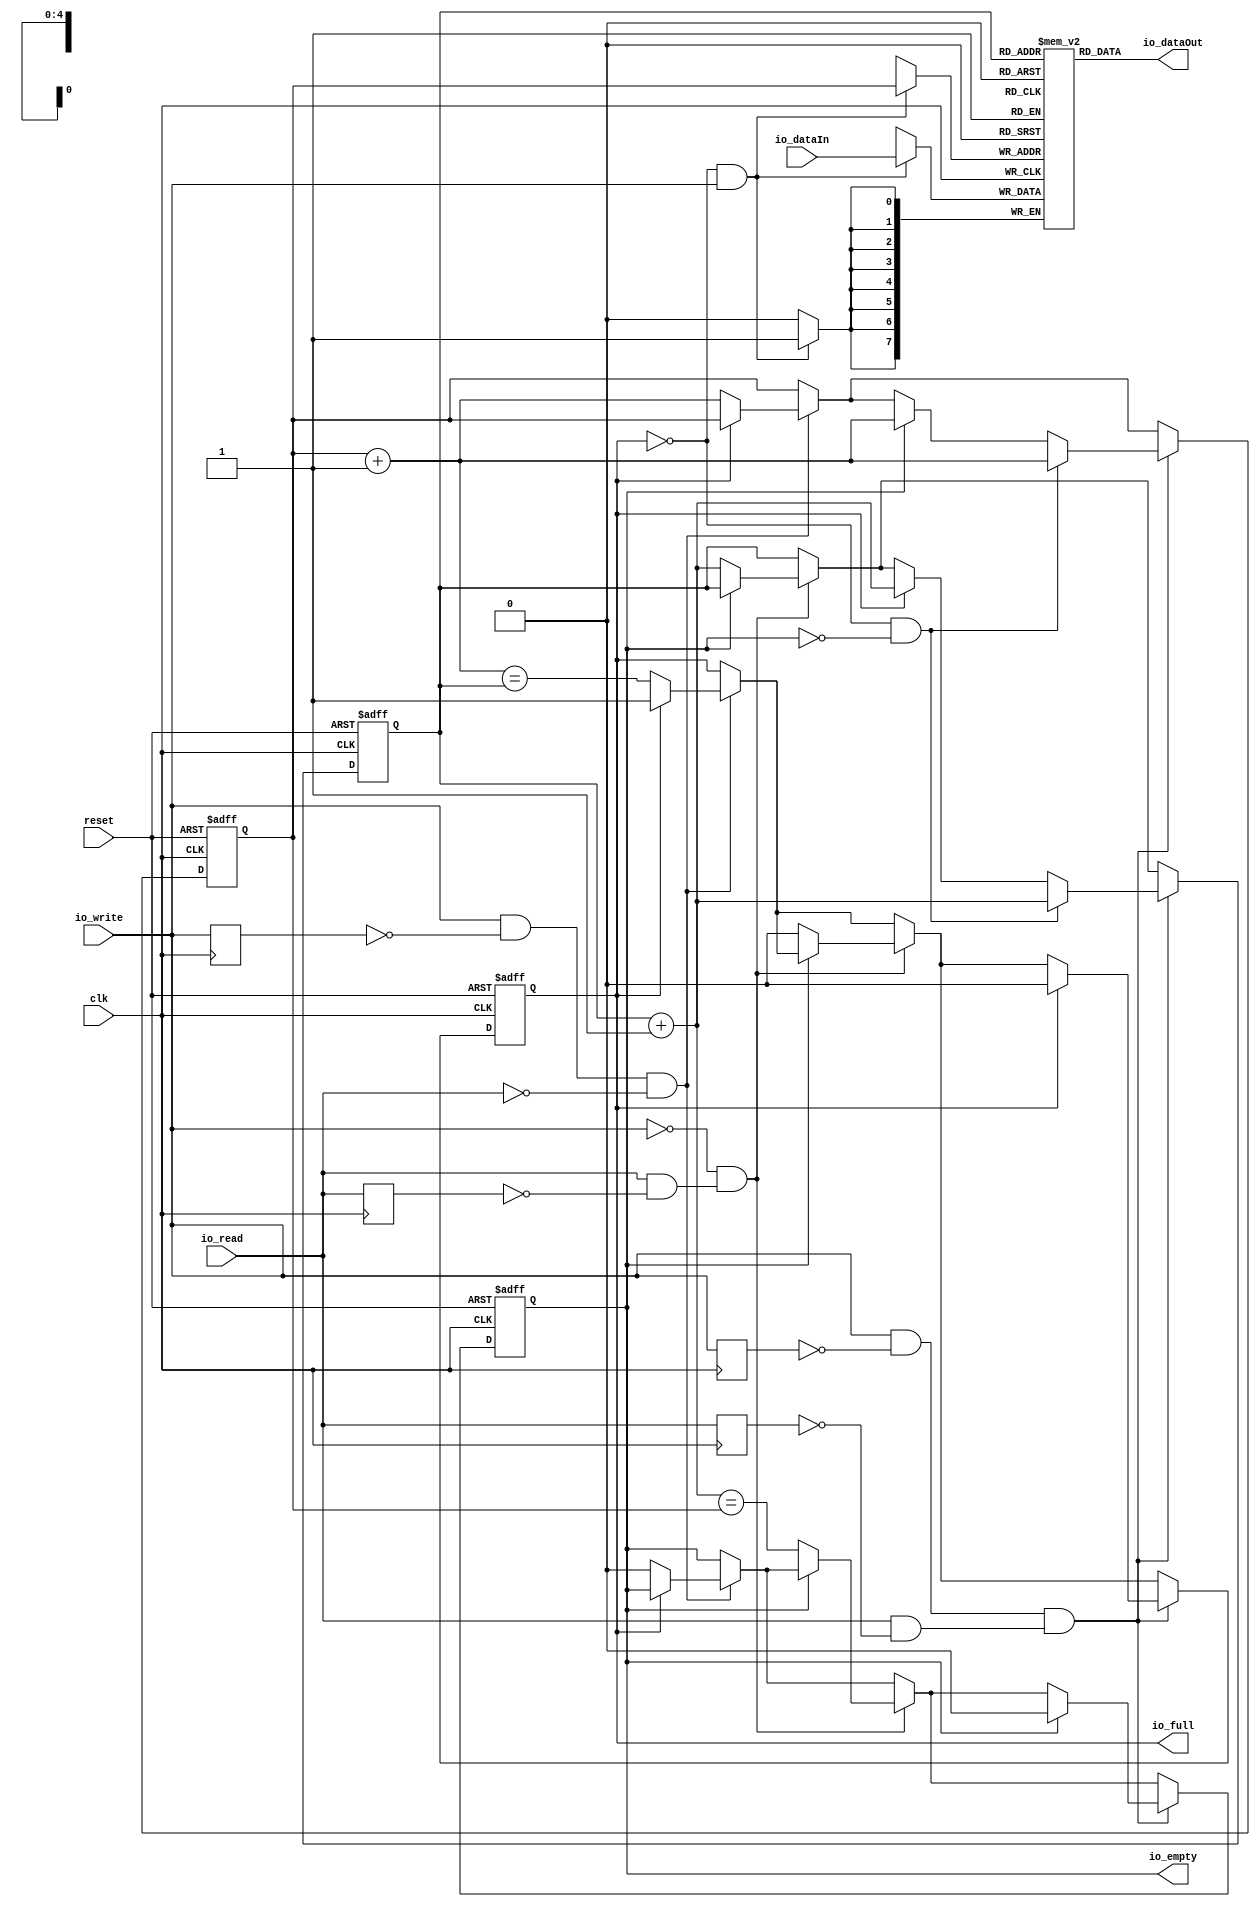
// Generator : SpinalHDL v1.1.5    git head : 0310b2489a097f2b9de5535e02192d9ddd2764ae
// Component : AsyncReceiver


module Fifo (
      input  [7:0] io_dataIn,
      output [7:0] io_dataOut,
      input   io_read,
      input   io_write,
      output  io_full,
      output  io_empty,
      input   clk,
      input   reset);
  wire [7:0] _zz_5;
  wire [4:0] _zz_6;
  wire [4:0] _zz_7;
  wire [7:0] _zz_8;
  wire  _zz_9;
  reg [4:0] head;
  reg [4:0] tail;
  reg  full;
  reg  empty;
  reg  _zz_1;
  reg  _zz_2;
  reg  _zz_3;
  reg  _zz_4;
  reg [7:0] mem [0:31];
  assign _zz_6 = (head + (5'b00001));
  assign _zz_7 = (tail + (5'b00001));
  assign _zz_8 = io_dataIn;
  assign _zz_9 = ((! full) && io_write);
  always @ (posedge clk) begin
    if(_zz_9) begin
      mem[head] <= _zz_8;
    end
  end

  assign _zz_5 = mem[tail];
  assign io_dataOut = _zz_5;
  assign io_empty = empty;
  assign io_full = full;
  always @ (posedge clk or posedge reset) begin
    if (reset) begin
      head <= (5'b00000);
      tail <= (5'b00000);
      full <= 1'b0;
      empty <= 1'b1;
    end else begin
      if(((io_write && (! _zz_1)) && (! io_read)))begin
        if((! full))begin
          head <= (head + (5'b00001));
          full <= (_zz_6 == tail);
          empty <= 1'b0;
        end
      end
      if(((! io_write) && (io_read && (! _zz_2))))begin
        if((! empty))begin
          tail <= (tail + (5'b00001));
          empty <= (_zz_7 == head);
          full <= 1'b0;
        end
      end
      if(((io_write && (! _zz_3)) && (io_read && (! _zz_4))))begin
        if(full)begin
          tail <= (tail + (5'b00001));
          full <= 1'b0;
        end
        if(empty)begin
          head <= (head + (5'b00001));
          empty <= 1'b0;
        end
        if(((! full) && (! empty)))begin
          tail <= (tail + (5'b00001));
          head <= (head + (5'b00001));
        end
      end
    end
  end

  always @ (posedge clk) begin
    _zz_1 <= io_write;
    _zz_2 <= io_read;
    _zz_3 <= io_write;
    _zz_4 <= io_read;
  end

endmodule

module AsyncReceiver (
      input   io_enable,
      input   io_mem_valid,
      output  io_mem_ready,
      input  [3:0] io_mem_addr,
      output [31:0] io_mem_rdata,
      input   io_baudClockX64,
      input   io_rx,
      input   clk,
      input   reset);
  reg  _zz_5;
  reg  _zz_6;
  wire [7:0] _zz_7;
  wire  _zz_8;
  wire  _zz_9;
  wire  _zz_10;
  wire  _zz_11;
  wire [31:0] _zz_12;
  wire [0:0] _zz_13;
  reg [1:0] state;
  reg [5:0] bitTimer;
  reg [2:0] bitCount;
  reg [7:0] shifter;
  reg  baudClockX64Sync1;
  reg  baudClockX64Sync2;
  reg  rxSync1;
  reg  _zz_1;
  reg  _zz_2;
  reg  _zz_3;
  reg [7:0] rdata;
  reg  ready;
  wire  busCycle;
  reg  _zz_4;
  assign _zz_10 = (busCycle && (! _zz_4));
  assign _zz_11 = (bitTimer == (6'b000000));
  assign _zz_12 = {24'd0, rdata};
  assign _zz_13 = (! _zz_9);
  Fifo fifo_1 ( 
    .io_dataIn(shifter),
    .io_dataOut(_zz_7),
    .io_read(_zz_5),
    .io_write(_zz_6),
    .io_full(_zz_8),
    .io_empty(_zz_9),
    .clk(clk),
    .reset(reset) 
  );
  always @ (*) begin
    _zz_5 = 1'b0;
    if(_zz_10)begin
      case(io_mem_addr)
        4'b0000 : begin
          _zz_5 = 1'b1;
        end
        4'b0100 : begin
        end
        default : begin
        end
      endcase
    end
  end

  always @ (*) begin
    _zz_6 = 1'b0;
    case(state)
      2'b00 : begin
      end
      2'b01 : begin
      end
      2'b10 : begin
      end
      default : begin
        if(_zz_11)begin
          if((rxSync1 == 1'b1))begin
            if((! _zz_8))begin
              _zz_6 = 1'b1;
            end
          end
        end
      end
    endcase
  end

  assign busCycle = (io_mem_valid && io_enable);
  assign io_mem_rdata = (busCycle ? _zz_12 : (32'b00000000000000000000000000000000));
  assign io_mem_ready = (busCycle ? ready : 1'b0);
  always @ (posedge clk or posedge reset) begin
    if (reset) begin
      state <= (2'b00);
      bitTimer <= (6'b000000);
      bitCount <= (3'b000);
      shifter <= (8'b00000000);
      baudClockX64Sync1 <= 1'b0;
      baudClockX64Sync2 <= 1'b0;
      rxSync1 <= 1'b0;
      rdata <= (8'b00000000);
      ready <= 1'b0;
    end else begin
      baudClockX64Sync1 <= io_baudClockX64;
      baudClockX64Sync2 <= baudClockX64Sync1;
      rxSync1 <= io_rx;
      if((baudClockX64Sync2 && (! _zz_1)))begin
        bitTimer <= (bitTimer - (6'b000001));
      end
      case(state)
        2'b00 : begin
          state <= (2'b00);
          if(((! rxSync1) && _zz_2))begin
            state <= (2'b01);
            bitTimer <= (6'b011111);
          end
        end
        2'b01 : begin
          state <= (2'b01);
          if((bitTimer == (6'b000000)))begin
            if((rxSync1 == 1'b0))begin
              bitTimer <= (6'b111111);
              state <= (2'b10);
            end else begin
              state <= (2'b00);
            end
          end
        end
        2'b10 : begin
          state <= (2'b10);
          if((baudClockX64Sync2 && (! _zz_3)))begin
            if((bitTimer == (6'b000000)))begin
              shifter[bitCount] <= rxSync1;
              bitCount <= (bitCount + (3'b001));
              if((bitCount == (3'b111)))begin
                state <= (2'b11);
              end
            end
          end
        end
        default : begin
          state <= (2'b11);
          if(_zz_11)begin
            state <= (2'b00);
          end
        end
      endcase
      ready <= busCycle;
      if(_zz_10)begin
        case(io_mem_addr)
          4'b0000 : begin
            rdata <= _zz_7;
          end
          4'b0100 : begin
            rdata <= {7'd0, _zz_13};
          end
          default : begin
          end
        endcase
      end
    end
  end

  always @ (posedge clk) begin
    _zz_1 <= baudClockX64Sync2;
    _zz_4 <= busCycle;
  end

  always @ (posedge clk) begin
    _zz_2 <= rxSync1;
  end

  always @ (posedge clk) begin
    _zz_3 <= baudClockX64Sync2;
  end

endmodule